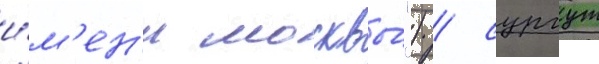
и́м'ен'и москвы́") / сургут